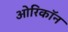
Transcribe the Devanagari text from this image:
ओरिकॉन